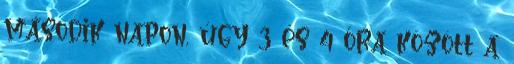
második napon, úgy 3 és 4 óra között a